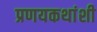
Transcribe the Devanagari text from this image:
प्रणयकथांशी